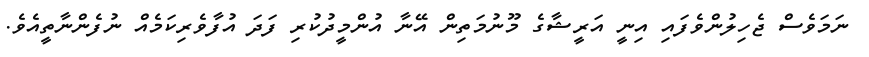
ނަމަވެސް ޖެހިލުންވެފައި އިނީ އަރީޝާގެ މޫނުމަތިން އޭނާ އުންމީދުކުރި ފަދަ އުފާވެރިކަމެއް ނުފެންނާތީއެވެ.